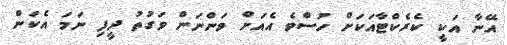
އޭނާ އަކީ ކެރެކްޓާއަކަށް ހުސްވެ އެއަށް ވަންނަން ވަގުތު ދީފި ނަމަ އެކަން